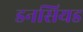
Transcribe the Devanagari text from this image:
डनसियड